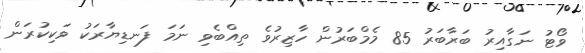
ވޯޓު ނަގާއިރު ބަރާބަރު 85 މެމްބަރުން ހާޒިރުވެ ތިއްބެވި ނަމަ ފަނޑިޔާރަކު ވަކިކުރަން